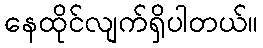
နေထိုင်လျက်ရှိပါတယ်။